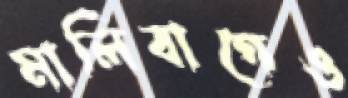
মালিবাগেও